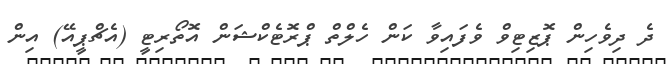
ދެ ދިވެހިން ޕޮޒިޓިވް ވެފައިވާ ކަން ހެލްތް ޕްރޮޓެކްޝަން އޮތޯރިޓީ (އެޗްޕީއޭ) އިން